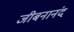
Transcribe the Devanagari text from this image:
जीबनानंद